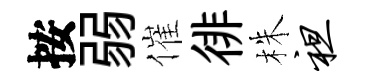
按弱催徘株袒